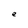
Character: e